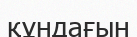
құндағын